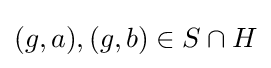
(g,a),(g,b)\in S\cap H